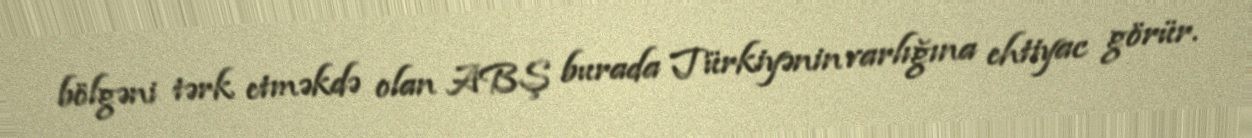
bölgəni tərk etməkdə olan ABŞ burada Türkiyənin varlığına ehtiyac görür.